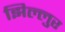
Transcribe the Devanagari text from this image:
झिल्लुर